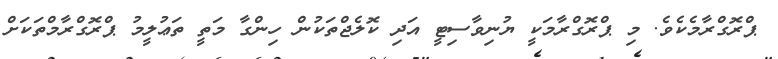
ޕްރޮގްރާމެކެވެ. މި ޕްރޮގްރާމަކީ ޔުނިވާސިޓީ އަދި ކޮލެޖްތަކުން ހިންގާ މަތީ ތަޢުލީމު ޕްރޮގްރާމްތަކަށް